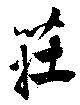
荘